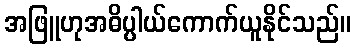
အဖြူဟုအဓိပ္ပါယ်ကောက်ယူနိုင်သည်။